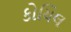
કોયિલ